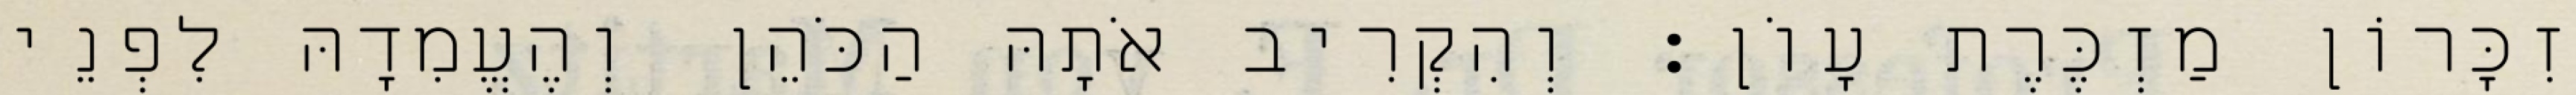
זִכָּרוֹן מַזְכֶּרֶת עָוֹן׃ וְהִקְרִיב אֹתָהּ הַכֹּהֵן וְהֶעֱמִדָהּ לִפְנֵי